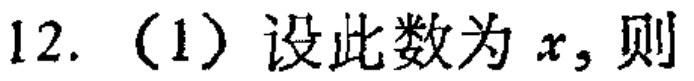
12.（1）设此数为\(x\)，则